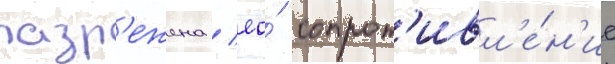
разр'ежена / ео́ сопрот'ивл'е́н'ие